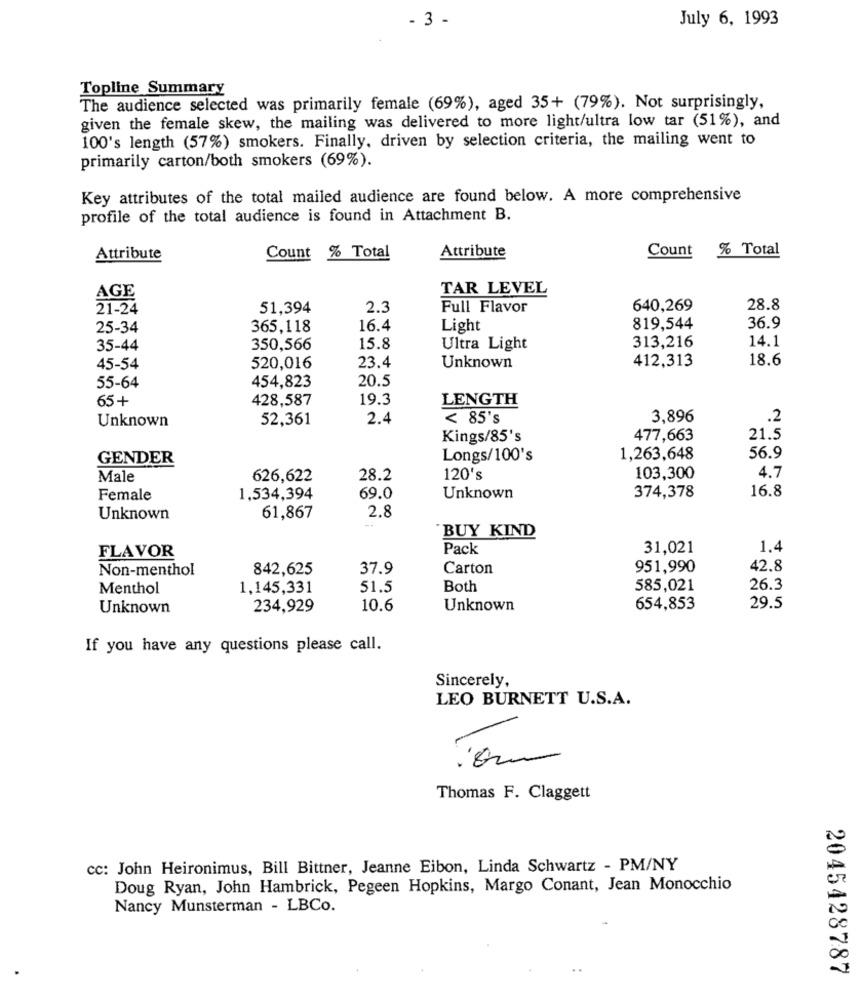
- 3 -
July 6, 1993
Topline Summary
The audience selected was primarily female (69%), aged 35+ (79%). Not surprisingly,
given the female skew, the mailing was delivered to more light/ultra low tar (51%), and
100's length (57%) smokers. Finally, driven by selection criteria, the mailing went to
primarily carton/both smokers (69%).
Key attributes of the total mailed audience are found below. A more comprehensive
profile of the total audience is found in Attachment B.
Count
% Total
Attribute
Count % Total
Attribute
TAR LEVEL
21-24
51,394
2.3
Full Flavor
640,269
28.8
25-34
365,118
16.4
Light
819,544
36.9
14.1
35-44
350,566
15.8
Ultra Light
313,216
23.4
412,313
18.6
45-54
520,016
Unknown
20.5
55-64
454,823
65+
428,587
19.3
LENGTH
Unknown
52,361
2.4
< 85's
3,896
.2
Kings/85's
477,663
21.5
GENDER
Longs/100's
1,263,648
56.9
Male
626,622
28.2
120's
103,300
4.7
16.8
Female
1,534,394
69.0
Unknown
374,378
2.8
Unknown
61,867
BUY KIND
Pack
31,021
1.4
FLAVOR
Non-menthol
842,625
37.9
Carton
951,990
42.8
Menthol
1,145,331
51.5
Both
585,021
26.3
Unknown
234.929
10.6
Unknown
654,853
29.5
If you have any questions please call.
Sincerely,
LEO BURNETT U.S.A.
Thomas F. Claggett
cc: John Heironimus, Bill Bittner, Jeanne Eibon, Linda Schwartz - PM/NY
Doug Ryan, John Hambrick, Pegeen Hopkins, Margo Conant, Jean Monocchio
Nancy Munsterman - LBCo.
2045428787